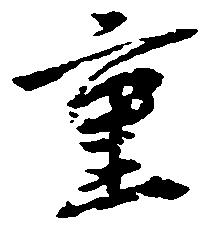
重